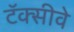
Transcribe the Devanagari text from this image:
टॅक्सीवे